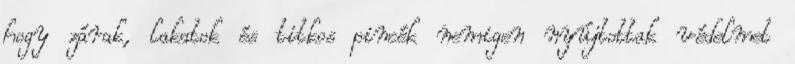
hogy zárak, lakatok és titkos pincék nemigen nyújtottak védelmet